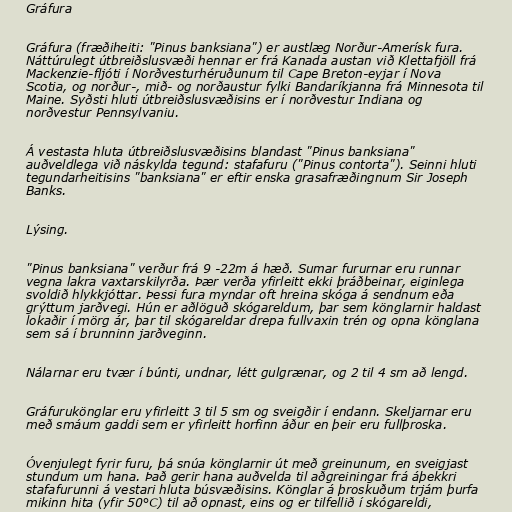
Gráfura

Gráfura (fræðiheiti: "Pinus banksiana") er austlæg Norður-Amerísk fura.
Náttúrulegt útbreiðslusvæði hennar er frá Kanada austan við Klettafjöll frá
Mackenzie-fljóti í Norðvesturhéruðunum til Cape Breton-eyjar í Nova
Scotia, og norður-, mið- og norðaustur fylki Bandaríkjanna frá Minnesota til
Maine. Syðsti hluti útbreiðslusvæðisins er í norðvestur Indiana og
norðvestur Pennsylvaniu.

Á vestasta hluta útbreiðslusvæðisins blandast "Pinus banksiana"
auðveldlega við náskylda tegund: stafafuru ("Pinus contorta"). Seinni hluti
tegundarheitisins "banksiana" er eftir enska grasafræðingnum Sir Joseph
Banks.

Lýsing.

"Pinus banksiana" verður frá 9 -22m á hæð. Sumar fururnar eru runnar
vegna lakra vaxtarskilyrða. Þær verða yfirleitt ekki þráðbeinar, eiginlega
svoldið hlykkjóttar. Þessi fura myndar oft hreina skóga á sendnum eða
grýttum jarðvegi. Hún er aðlöguð skógareldum, þar sem könglarnir haldast
lokaðir í mörg ár, þar til skógareldar drepa fullvaxin trén og opna könglana
sem sá í brunninn jarðveginn.

Nálarnar eru tvær í búnti, undnar, létt gulgrænar, og 2 til 4 sm að lengd.

Gráfurukönglar eru yfirleitt 3 til 5 sm og sveigðir í endann. Skeljarnar eru
með smáum gaddi sem er yfirleitt horfinn áður en þeir eru fullþroska.

Óvenjulegt fyrir furu, þá snúa könglarnir út með greinunum, en sveigjast
stundum um hana. Það gerir hana auðvelda til aðgreiningar frá áþekkri
stafafurunni á vestari hluta búsvæðisins. Könglar á þroskuðum trjám þurfa
mikinn hita (yfir 50°C) til að opnast, eins og er tilfellið í skógareldi,